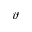
\vartheta